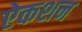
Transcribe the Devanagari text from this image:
ऐकशन